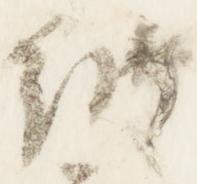
納